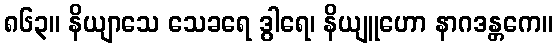
၈၆၃။ နိယျာသေ သေခရေ ဒွါရေ၊ နိယျူဟော နာဂဒန္တကေ။